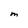
Character: M